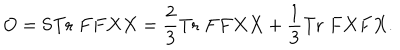
O = \mathrm { S T r } \; F F X X = \frac { 2 } { 3 } \mathrm { T r } \; F F X X + \frac { 1 } { 3 } \mathrm { T r } \; F X F X .